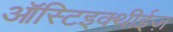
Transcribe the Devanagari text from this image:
ऑस्टिइक्थीईज़